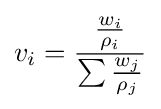
v_{i}={\frac {\frac {w_{i}}{\rho _{i}}}{\sum {\frac {w_{j}}{\rho _{j}}}}}